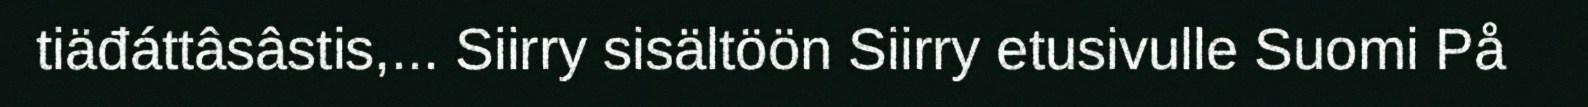
tiäđáttâsâstis,... Siirry sisältöön Siirry etusivulle Suomi På